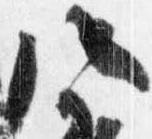
八